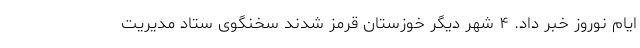
ایام نوروز خبر داد. ۴ شهر دیگر خوزستان قرمز شدند سخنگوی ستاد مدیریت